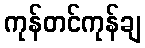
ကုန်တင်ကုန်ချ